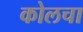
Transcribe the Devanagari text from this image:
कोलचा